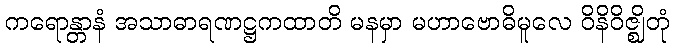
ကရောန္တာနံ အသာဓာရဏဋ္ဌကထာတိ မနမှာ မဟာဗောဓိမူလေ ဝိနိဝိဇ္ဈိတုံ